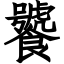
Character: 饕